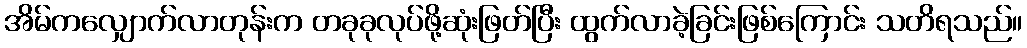
အိမ်ကလျှောက်လာတုန်းက တခုခုလုပ်ဖို့ဆုံးဖြတ်ပြီး ထွက်လာခဲ့ခြင်းဖြစ်ကြောင်း သတိရသည်။